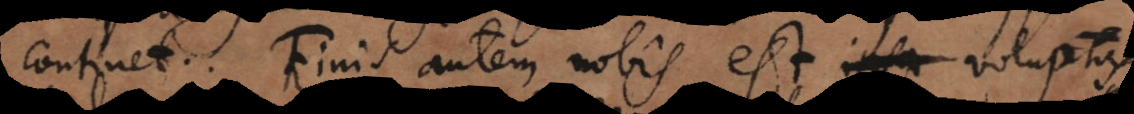
continet. Finis autem nobis est voluptas